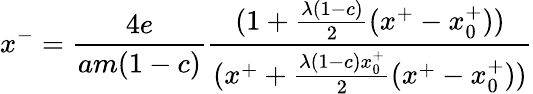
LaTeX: x^{-}={\frac{4e}{am(1-c)}}{\frac{(1+{\frac{\lambda(1-c)}{2}}(x^{+}-x_{0}^{+}))}{(x^{+}+{\frac{\lambda(1-c)x_{0}^{+}}{2}}(x^{+}-x_{0}^{+}))}}